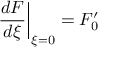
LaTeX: \left. \frac { d F } { d \xi } \right| _ { \xi = 0 } = F _ { 0 } ^ { \prime }